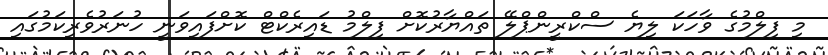
މި ފިލްމުގެ ވާހަކަ ލިޔެ ސްކްރީންޕްލޭ ތައްޔާރުކޮށް ފިލްމު ޑައިރެކްޓް ކޮށްފައިވަނީ ހުނަރުވެރިކަމުގައި